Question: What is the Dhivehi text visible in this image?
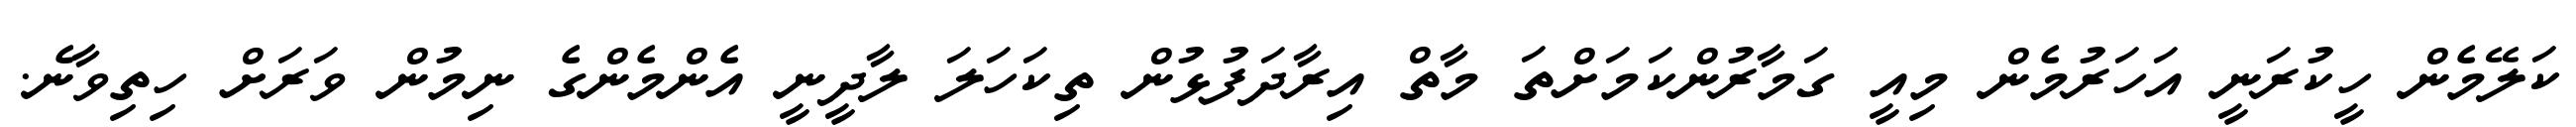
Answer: ކަލޭމެން ހީކުރަނީ އަހަރުމެން މިއީ ގަމާރުންކަމަށްތަ މާތް އިރާދަފުޅުން ތިކަހަލަ ލާދީނީ އެންމެންގެ ނިމުން ވަރަށް ހިތިވާނެ.